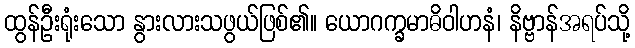
ထွန်ဦးရုံးသော နွားလားသဖွယ်ဖြစ်၏။ ယောဂက္ခမာဓိဝါဟနံ၊ နိဗ္ဗာန်အရပ်သို့